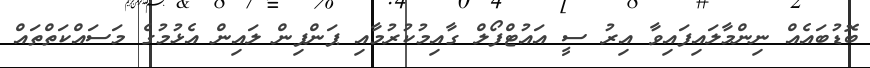
ބޮޑުބައެއް ނިންމާލައިފައިވާ އިރު ސީ އައުޓްފޯލް ގާއިމުކުރުމާއި ޕަންޕިން ލައިން އެޅުމުގެ މަސައްކަތްތައް